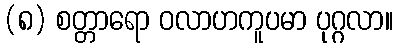
(၈) စတ္တာရော ဝလာဟကူပမာ ပုဂ္ဂလာ။